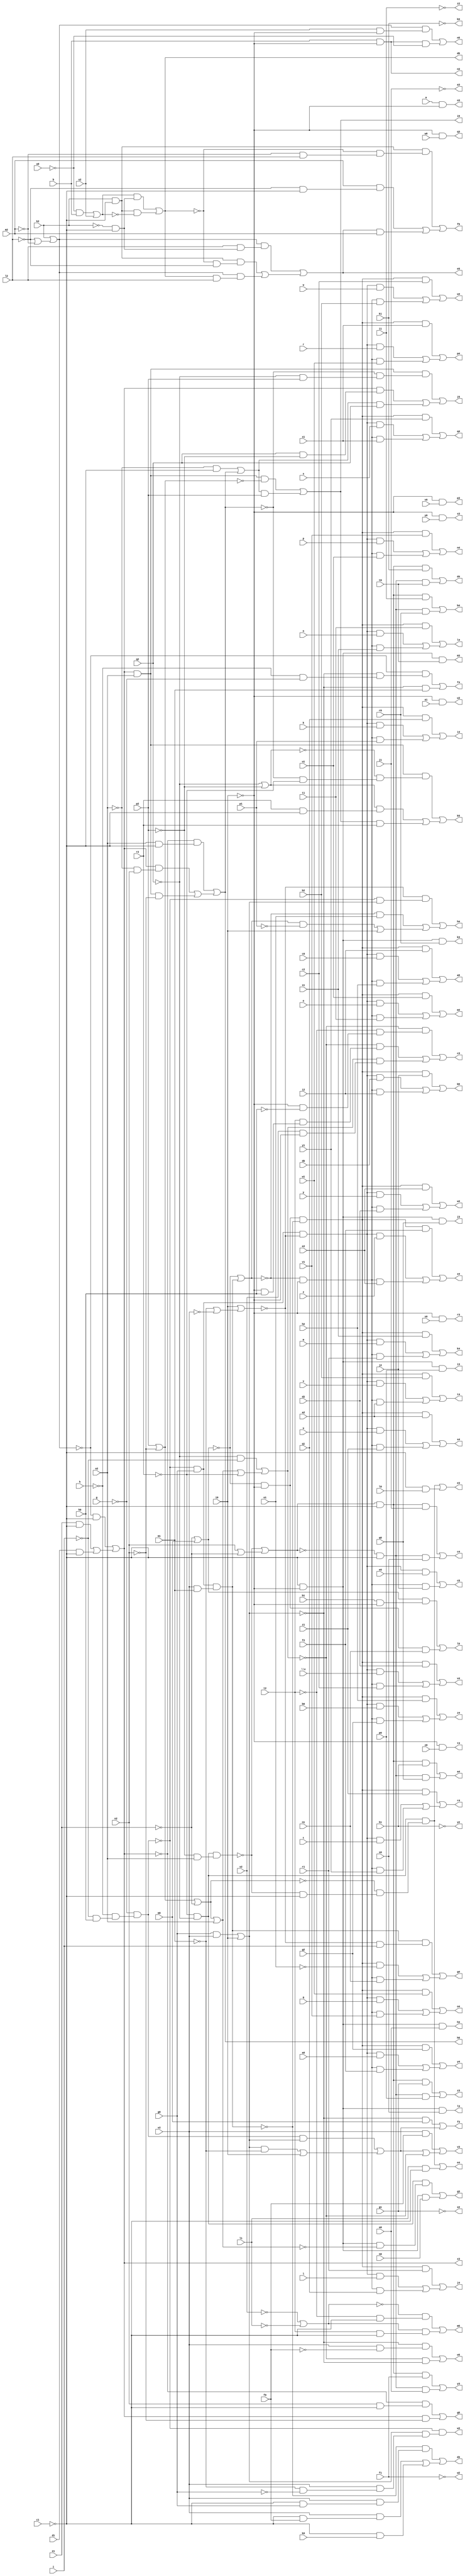
// IWLS benchmark module "x4" printed on Wed May 29 17:30:39 2002
module x4(a, b, g, h, i, k, l, m, n, o, p, q, r, s, t, u, v, w, \x , y, z, a0, b0, c0, d0, e0, f0, g0, h0, i0, k0, l0, m0, n0, o0, p0, q0, r0, s0, t0, u0, v0, w0, x0, y0, z0, a1, b1, c1, d1, e1, f1, g1, h1, i1, j1, k1, l1, m1, n1, o1, p1, q1, r1, s1, t1, u1, v1, w1, x1, y1, z1, a2, b2, c2, d2, e2, f2, g2, h2, i2, j2, k2, l2, m2, n2, o2, p2, q2, r2, s2, t2, u2, v2, w2, x2, y2, z2, a3, b3, c3, d3, e3, f3, g3, h3, i3, j3, k3, l3, m3, n3, o3, p3, q3, r3, s3, t3, u3, v3, w3, x3, y3, z3, a4, b4, c4, d4, e4, f4, g4, h4, i4, j4, k4, l4, m4, n4, o4, p4, q4, r4, s4, t4, u4, v4, w4, x4, y4, z4, a5, b5, c5, d5, e5, f5, g5, h5, i5, j5, k5, l5, m5, n5, o5);
input
  a,
  b,
  g,
  h,
  i,
  k,
  l,
  m,
  n,
  o,
  p,
  q,
  r,
  s,
  t,
  u,
  v,
  w,
  \x ,
  y,
  z,
  a0,
  a1,
  a2,
  b0,
  b1,
  b2,
  c0,
  c1,
  c2,
  d0,
  d1,
  d2,
  e0,
  e1,
  e2,
  f0,
  f1,
  f2,
  g0,
  g1,
  g2,
  h0,
  h1,
  h2,
  i0,
  i1,
  i2,
  j1,
  j2,
  k0,
  k1,
  k2,
  l0,
  l1,
  l2,
  m0,
  m1,
  m2,
  n0,
  n1,
  n2,
  o0,
  o1,
  o2,
  p0,
  p1,
  p2,
  q0,
  q1,
  q2,
  r0,
  r1,
  r2,
  s0,
  s1,
  s2,
  t0,
  t1,
  t2,
  u0,
  u1,
  u2,
  v0,
  v1,
  v2,
  w0,
  w1,
  x0,
  x1,
  y0,
  y1,
  z0,
  z1;
output
  a3,
  a4,
  a5,
  b3,
  b4,
  b5,
  c3,
  c4,
  c5,
  d3,
  d4,
  d5,
  e3,
  e4,
  e5,
  f3,
  f4,
  f5,
  g3,
  g4,
  g5,
  h3,
  h4,
  h5,
  i3,
  i4,
  i5,
  j3,
  j4,
  j5,
  k3,
  k4,
  k5,
  l3,
  l4,
  l5,
  m3,
  m4,
  m5,
  n3,
  n4,
  n5,
  o3,
  o4,
  o5,
  p3,
  p4,
  q3,
  q4,
  r3,
  r4,
  s3,
  s4,
  t3,
  t4,
  u3,
  u4,
  v3,
  v4,
  w2,
  w3,
  w4,
  x2,
  x3,
  x4,
  y2,
  y3,
  y4,
  z2,
  z3,
  z4;
wire
  \[59] ,
  \[15] ,
  \[16] ,
  \[17] ,
  \[18] ,
  \[19] ,
  l10,
  l11,
  \[60] ,
  \[61] ,
  \[62] ,
  \[0] ,
  \[63] ,
  \[1] ,
  \[64] ,
  \[20] ,
  \[2] ,
  \[65] ,
  \[21] ,
  \[3] ,
  \[66] ,
  \[22] ,
  \[4] ,
  \[67] ,
  \[23] ,
  \[5] ,
  \[68] ,
  \[24] ,
  \[6] ,
  \[69] ,
  \[25] ,
  \[7] ,
  \[26] ,
  \[8] ,
  \[27] ,
  \[9] ,
  \[28] ,
  \[29] ,
  \[70] ,
  \[72] ,
  \[73] ,
  z13,
  \[74] ,
  i11,
  \[30] ,
  \[75] ,
  \[31] ,
  \[76] ,
  \[32] ,
  \[77] ,
  \[33] ,
  v10,
  \[78] ,
  \[34] ,
  e11,
  \[79] ,
  \[35] ,
  \[36] ,
  \[37] ,
  \[38] ,
  \[39] ,
  n10,
  \[80] ,
  \[81] ,
  \[83] ,
  \[84] ,
  \[40] ,
  \[85] ,
  \[41] ,
  \[42] ,
  \[87] ,
  \[43] ,
  \[44] ,
  \[89] ,
  \[45] ,
  \[46] ,
  \[47] ,
  \[48] ,
  \[49] ,
  \[90] ,
  \[91] ,
  \[92] ,
  \[93] ,
  k11,
  \[50] ,
  \[51] ,
  \[52] ,
  \[97] ,
  \[53] ,
  \[98] ,
  \[54] ,
  \[10] ,
  \[55] ,
  \[11] ,
  \[56] ,
  \[12] ,
  \[57] ,
  \[13] ,
  \[58] ,
  \[14] ;
assign
  \[59]  = (\[89]  & (~k2 & ~c1)) | (\[98]  & ~\[89] ),
  \[15]  = \[81]  & s0,
  \[16]  = \[81]  & t0,
  \[17]  = b & ~i0,
  \[18]  = a & ~i0,
  \[19]  = ~i0 & v0,
  l10 = \[92]  & (~p2 & o2),
  l11 = ~\[72]  | k11,
  \[60]  = (z13 & (l2 & (~k2 & ~c1))) | ((\[98]  & (~\[59]  & ~l2)) | (z13 & (\[59]  & l2))),
  \[61]  = (\[98]  & (~\[59]  & (~m2 & l2))) | ((m2 & (~l2 & ~c1)) | (\[60]  & m2)),
  \[62]  = (~\[27]  & (n2 & ~c1)) | (\[27]  & ~n2),
  \[0]  = ~f1,
  \[63]  = (~\[27]  & (o2 & ~c1)) | ((\[27]  & (~o2 & n2)) | (\[93]  & ~n2)),
  \[1]  = ~g1,
  \[64]  = (\[93]  & ~\[78] ) | (\[87]  & p2),
  \[20]  = ~i0 & w0,
  \[2]  = ~h1,
  \[65]  = (\[93]  & (~\[63]  & (~q2 & p2))) | ((\[27]  & (q2 & ~p2)) | (\[87]  & q2)),
  \[21]  = ~i0 & x0,
  \[3]  = ~i1,
  \[66]  = (\[93]  & (~\[90]  & (~\[63]  & ~r2))) | ((\[90]  & (r2 & ~c1)) | (\[64]  & r2)),
  \[22]  = ~i0 & y0,
  \[4]  = ~j1,
  \[67]  = (\[72]  & (b1 & ~i0)) | (\[73]  & n1),
  \[23]  = ~i0 & z0,
  \[5]  = ~k1,
  \[68]  = (~\[91]  & (~t2 & ~c1)) | (\[91]  & (t2 & ~c1)),
  \[24]  = ~i0 & a1,
  \[6]  = (~\[83]  & (~t2 & (~i0 & ~h0))) | ((~\[83]  & (t2 & (~i0 & h0))) | (\[83]  & (s2 & ~i0))),
  \[69]  = (z13 & (u2 & ~i0)) | (\[17]  & ~u0),
  \[25]  = (v2 & f0) | (\[97]  | ~\[83] ),
  \[7]  = (~k11 & (v2 & (~c1 & g0))) | ((v2 & (~c1 & f0)) | (~c1 & k0)),
  \[26]  = ~e11 & (v10 & (v2 & (~m1 & ~g0))),
  \[8]  = (\[92]  & (~\[79]  & (~l10 & ~c1))) | (~c1 & l0),
  \[27]  = (~z13 & ~c1) | ((e1 & ~c1) | (d1 & ~c1)),
  \[9]  = (~v10 & m0) | \[97] ,
  \[28]  = (\[85]  & f1) | (\[84]  & o0),
  \[29]  = (\[85]  & g1) | (\[84]  & p0),
  \[70]  = (~v10 & (v2 & ~f0)) | (~\[83]  & ~v10),
  \[72]  = ~e1 | m0,
  \[73]  = ~\[72]  & ~i0,
  z13 = k2 | (~l2 | ~m2),
  \[74]  = ~e11 & g0,
  i11 = i0 | (~m1 | ~v2),
  \[30]  = (\[85]  & h1) | (\[84]  & q0),
  \[75]  = ~l11 & ~i0,
  \[31]  = (\[85]  & i1) | (\[84]  & r0),
  \[76]  = \[74]  & ~i11,
  \[32]  = (\[85]  & j1) | (\[84]  & s0),
  \[77]  = \[73]  & ~k11,
  \[33]  = (\[85]  & k1) | (\[84]  & t0),
  v10 = (g0 & v2) | i0,
  \[78]  = p2 | ~n2,
  \[34]  = (\[92]  & (~\[79]  & (~l10 & ~c1))) | (l1 & ~c1),
  e11 = ~g & (~h & (~i & h0)),
  a3 = \[4] ,
  a4 = \[30] ,
  a5 = \[56] ,
  \[79]  = \[78]  | ~e1,
  \[35]  = (~z13 & (~v10 & (~h & ~g))) | (~v10 & m1),
  b3 = \[5] ,
  b4 = \[31] ,
  b5 = \[57] ,
  \[36]  = (k11 & (~i11 & i)) | ((\[77]  & ~o1) | (\[75]  & n1)),
  c3 = \[6] ,
  c4 = \[32] ,
  c5 = \[58] ,
  \[37]  = (~i11 & (~e11 & v10)) | ((~l11 & o1) | ((l11 & ~p1) | i0)),
  d3 = \[7] ,
  d4 = \[33] ,
  d5 = \[59] ,
  \[38]  = (\[77]  & q1) | ((\[76]  & k) | (\[75]  & p1)),
  e3 = \[8] ,
  e4 = \[34] ,
  e5 = \[60] ,
  \[39]  = (\[77]  & r1) | ((\[76]  & l) | (\[75]  & q1)),
  f3 = \[9] ,
  f4 = \[35] ,
  f5 = \[61] ,
  g3 = \[10] ,
  g4 = \[36] ,
  g5 = \[62] ,
  h3 = \[11] ,
  h4 = \[37] ,
  h5 = \[63] ,
  n10 = ~l10 | (n2 | ~e1),
  \[80]  = \[79]  | o2,
  i3 = \[12] ,
  i4 = \[38] ,
  i5 = \[64] ,
  \[81]  = ~c1 & ~i0,
  j3 = \[13] ,
  j4 = \[39] ,
  j5 = \[65] ,
  k3 = \[14] ,
  k4 = \[40] ,
  k5 = \[66] ,
  \[83]  = (~q2 & ~i) | (\[80]  | ~r2),
  l3 = \[15] ,
  l4 = \[41] ,
  l5 = \[67] ,
  \[84]  = ~n10 & ~c1,
  \[40]  = (\[77]  & s1) | ((\[76]  & m) | (\[75]  & r1)),
  m3 = \[16] ,
  m4 = \[42] ,
  m5 = \[68] ,
  \[85]  = n10 & ~c1,
  \[41]  = (\[77]  & t1) | ((\[76]  & n) | (\[75]  & s1)),
  n3 = \[17] ,
  n4 = \[43] ,
  n5 = \[69] ,
  \[42]  = (\[77]  & u1) | ((\[76]  & o) | (\[75]  & t1)),
  o3 = \[18] ,
  o4 = \[44] ,
  o5 = \[70] ,
  \[87]  = (~o2 & ~c1) | \[63] ,
  \[43]  = (\[77]  & v1) | ((\[76]  & p) | (\[75]  & u1)),
  p3 = \[19] ,
  p4 = \[45] ,
  \[44]  = (\[77]  & w1) | ((\[76]  & q) | (\[75]  & v1)),
  q3 = \[20] ,
  q4 = \[46] ,
  \[89]  = (~u0 & b) | u2,
  \[45]  = (\[77]  & x1) | ((\[76]  & r) | (\[75]  & w1)),
  r3 = \[21] ,
  r4 = \[47] ,
  \[46]  = (\[77]  & y1) | ((\[76]  & s) | (\[75]  & x1)),
  s3 = \[22] ,
  s4 = \[48] ,
  \[47]  = (\[77]  & z1) | ((\[76]  & t) | (\[75]  & y1)),
  t3 = \[23] ,
  t4 = \[49] ,
  \[48]  = (\[77]  & a2) | ((\[76]  & u) | (\[75]  & z1)),
  u3 = \[24] ,
  u4 = \[50] ,
  \[49]  = (\[77]  & b2) | ((\[76]  & v) | (\[75]  & a2)),
  v3 = \[25] ,
  v4 = \[51] ,
  w2 = \[0] ,
  w3 = \[26] ,
  w4 = \[52] ,
  x2 = \[1] ,
  x3 = \[27] ,
  x4 = \[53] ,
  \[90]  = ~q2 | ~p2,
  y2 = \[2] ,
  y3 = \[28] ,
  y4 = \[54] ,
  \[91]  = ~s2 | ~l1,
  z2 = \[3] ,
  z3 = \[29] ,
  z4 = \[55] ,
  \[92]  = ~r2 & ~q2,
  \[93]  = \[27]  & o2,
  k11 = \[74]  & (v2 & m1),
  \[50]  = (\[77]  & c2) | ((\[76]  & w) | (\[75]  & b2)),
  \[51]  = (\[77]  & d2) | ((\[76]  & \x ) | (\[75]  & c2)),
  \[52]  = (\[77]  & e2) | ((\[76]  & y) | (\[75]  & d2)),
  \[97]  = (e11 & v10) | ((v10 & ~m1) | i0),
  \[53]  = (\[77]  & f2) | ((\[76]  & z) | (\[75]  & e2)),
  \[98]  = k2 & ~c1,
  \[54]  = (\[77]  & g2) | ((\[76]  & a0) | (\[75]  & f2)),
  \[10]  = (\[92]  & (\[81]  & ~\[80] )) | (\[81]  & n0),
  \[55]  = (\[77]  & h2) | ((\[76]  & b0) | (\[75]  & g2)),
  \[11]  = \[81]  & o0,
  \[56]  = (\[77]  & i2) | ((\[76]  & c0) | (\[75]  & h2)),
  \[12]  = \[81]  & p0,
  \[57]  = (\[77]  & j2) | ((\[76]  & d0) | (\[75]  & i2)),
  \[13]  = \[81]  & q0,
  \[58]  = (\[76]  & e0) | (\[75]  & j2),
  \[14]  = \[81]  & r0;
endmodule